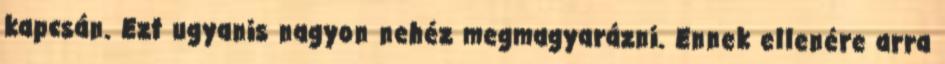
kapcsán. Ezt ugyanis nagyon nehéz megmagyarázni. Ennek ellenére arra